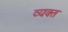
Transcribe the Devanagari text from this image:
व्‍यक्‍त